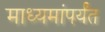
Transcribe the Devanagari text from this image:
माध्यमांपर्यंत